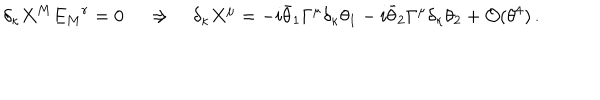
LaTeX: \delta _ { \kappa } X ^ { M } E _ { M } { } ^ { r } = 0 \, \quad \Rightarrow \quad \delta _ { \kappa } X ^ { \mu } = - i \bar { \theta } _ { 1 } \Gamma ^ { \mu } \delta _ { \kappa } \theta _ { 1 } - i \bar { \theta } _ { 2 } \Gamma ^ { \mu } \delta _ { \kappa } \theta _ { 2 } + { \cal O } ( \theta ^ { 4 } ) \, .